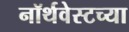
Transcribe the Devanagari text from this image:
नॉर्थवेस्टच्या